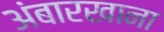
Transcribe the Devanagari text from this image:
अंबारखाना